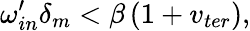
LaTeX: \omega_{in}^{\prime}\delta_{m}<\beta\left(1+v_{ter}\right),